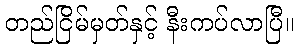
တည်ငြိမ်မှတ်နှင့် နီးကပ်လာပြီ။